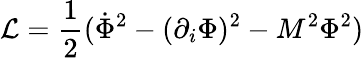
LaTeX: {\cal L}=\frac{1}{2}(\dot{\Phi}^{2}-(\partial_{i}\Phi)^{2}-M^{2}\Phi^{2})